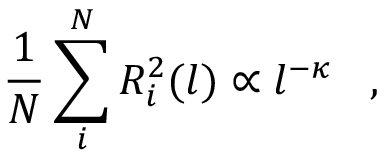
\frac { 1 } { N } \sum _ { i } ^ { N } R _ { i } ^ { 2 } ( l ) \propto l ^ { - \kappa } \, \, \, \, \, , \, \, \, \, \,